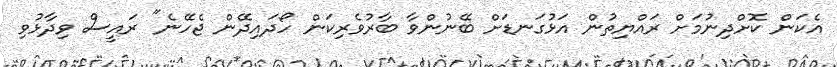
އެކަން ކޮށްދިނުމަށް ރައްޔިތުން އަޅުގަނޑަށް ބޭނުންވާ ބާރުވެރިކަން ހޯދައިދޭން ޖެހޭނެ" ރައީސް ވިދާޅުވި